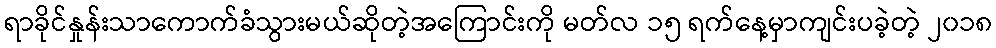
ရာခိုင်နှုန်းသာကောက်ခံသွားမယ်ဆိုတဲ့အကြောင်းကို မတ်လ ၁၅ ရက်နေ့မှာကျင်းပခဲ့တဲ့ ၂၀၁၈